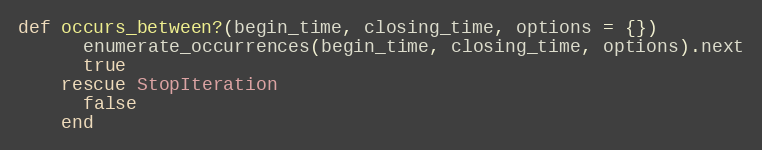
Language: Ruby
def occurs_between?(begin_time, closing_time, options = {})
      enumerate_occurrences(begin_time, closing_time, options).next
      true
    rescue StopIteration
      false
    end